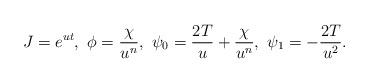
LaTeX: \begin{align*}J=e^{ut},\ \phi =\frac{\chi }{u^{n}},\ \psi _{0}=\frac{2T}{u}+\frac{\chi }{u^{n}},\ \psi _{1}=-\frac{2T}{u^{2}}. \end{align*}